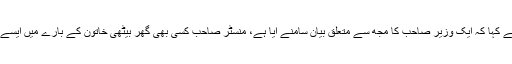
انہوں نےفیاض الحسن چوہان کو مخاطب کرتے ہوئے کہا کہ ایک وزیر صاحب کا مجھ سے متعلق بیان سامنے آیا ہے، منسٹر صاحب کسی بھی گھر بیٹھی خاتون کے بارے میں ایسے الفاظ استعمال نہیں کرتے، ہر شخص عزت دارہے۔